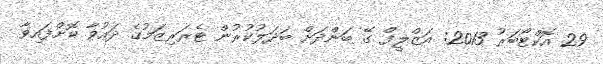
29 އޮކްޓޯބަރު 2013: އަޒްލީފް ގޭ ބަންދަށް ބަދަލުކުރުން ޓެރަރިޒަމުގެ ދައުވާ ކޮށްފައިވާ